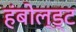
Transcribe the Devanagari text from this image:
हंबोल्ड्ट